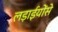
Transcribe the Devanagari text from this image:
लड़ाईयोंसे